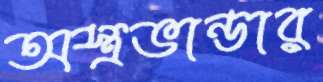
অস্ত্রভান্ডার